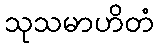
သုသမာဟိတံ